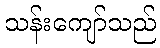
သန်းကျော်သည်